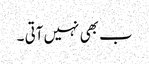
ب بھی نہیں آتی ۔